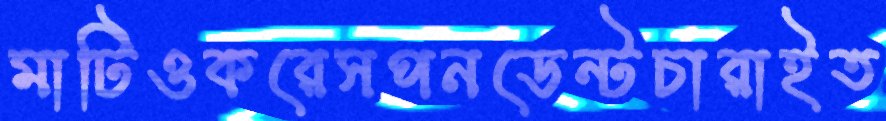
মাটিওকরেসপনডেন্টচারাইত